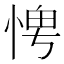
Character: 𪬀